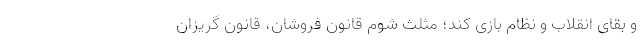
و بقای انقلاب و نظام بازی کند؛ مثلث شوم قانون فروشان، قانون گریزان